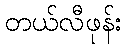
တယ်လီဖုန်း